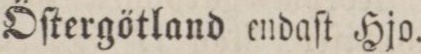
Öſtergötland endaſt Hjo.